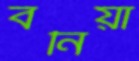
বনিয়া